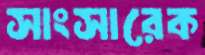
সাংসারেক